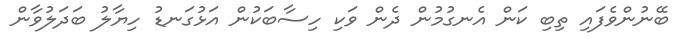
ބޭނުންވެފައި ތިބި ކަން އެނގުމުން ދެން ވަކި ހިސާބަކުން އަޅުގަނޑު ހިޔާލު ބަދަލުވާން